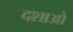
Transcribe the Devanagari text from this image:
दशाओ